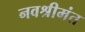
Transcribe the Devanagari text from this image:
नवश्रीमंत